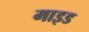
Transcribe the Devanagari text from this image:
माइड